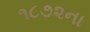
૧૮૭૨ના